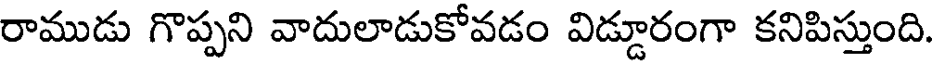
రాముడు గొప్పని వాదులాడుకోవడం విడ్డూరంగా కనిపిస్తుంది.